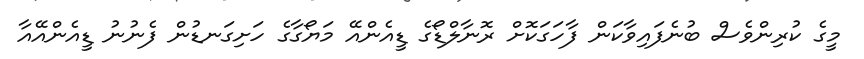
މީގެ ކުރިންވެސް ބުނެފައިވާކަން ފާހަގަކޮށް ރޮނާލްޑޯގެ ޑީއެންއޭ މަޔޯގާގެ ހަށިގަނޑުން ފެނުނު ޑީއެންއޭއާ